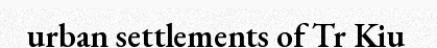
urban settlements of Tr Kiu